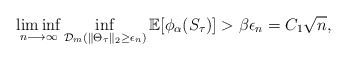
\begin{align*}\liminf_{n \longrightarrow \infty} \inf_{\mathcal{D}_m(\| \Theta_\tau\|_2 \geq \epsilon_n) }\mathbb{E}[\phi_\alpha (S_\tau)] > \beta \epsilon_n = C_1 \sqrt{n}, \end{align*}